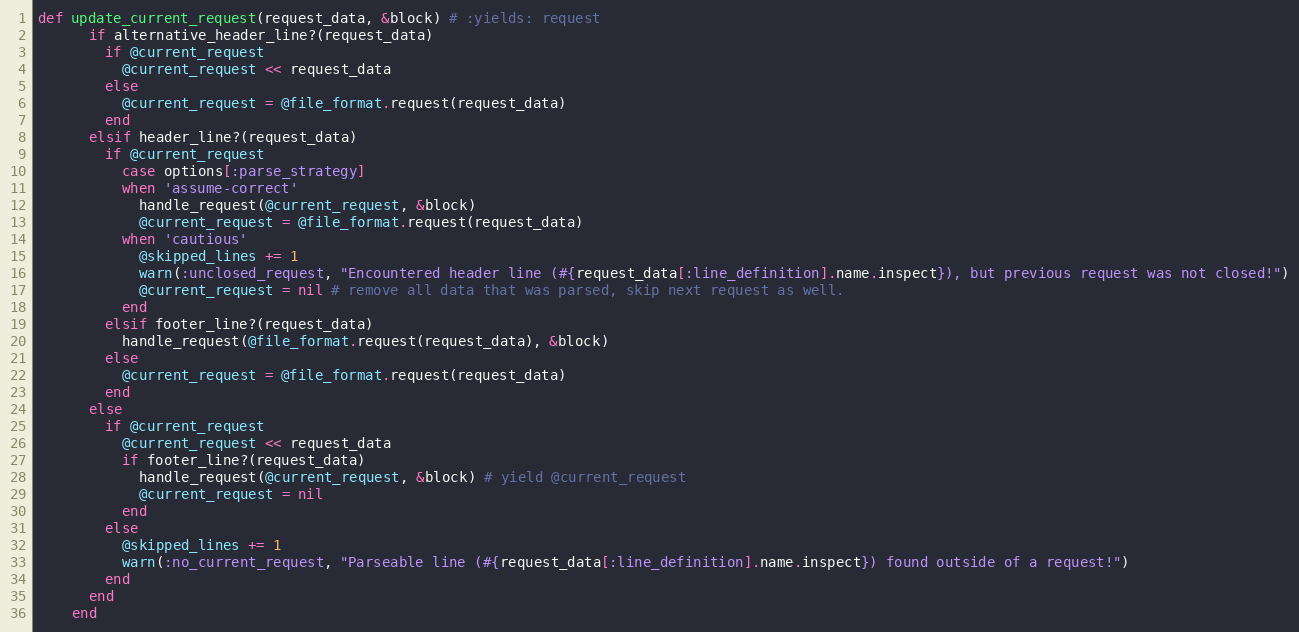
Language: Ruby
def update_current_request(request_data, &block) # :yields: request
      if alternative_header_line?(request_data)
        if @current_request
          @current_request << request_data
        else
          @current_request = @file_format.request(request_data)
        end
      elsif header_line?(request_data)
        if @current_request
          case options[:parse_strategy]
          when 'assume-correct'
            handle_request(@current_request, &block)
            @current_request = @file_format.request(request_data)
          when 'cautious'
            @skipped_lines += 1
            warn(:unclosed_request, "Encountered header line (#{request_data[:line_definition].name.inspect}), but previous request was not closed!")
            @current_request = nil # remove all data that was parsed, skip next request as well.
          end
        elsif footer_line?(request_data)
          handle_request(@file_format.request(request_data), &block)
        else
          @current_request = @file_format.request(request_data)
        end
      else
        if @current_request
          @current_request << request_data
          if footer_line?(request_data)
            handle_request(@current_request, &block) # yield @current_request
            @current_request = nil
          end
        else
          @skipped_lines += 1
          warn(:no_current_request, "Parseable line (#{request_data[:line_definition].name.inspect}) found outside of a request!")
        end
      end
    end